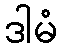
ဒါမံ